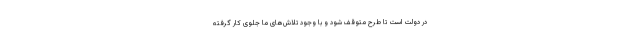
در دولت است تا طرح متوقف شود و با وجود تلاش‌های ما جلوی کار گرفته